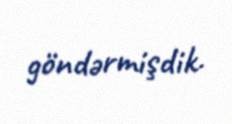
göndərmişdik.